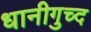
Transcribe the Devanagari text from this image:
धानीगुच्द